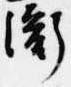
衡